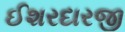
ઈશરદારજી